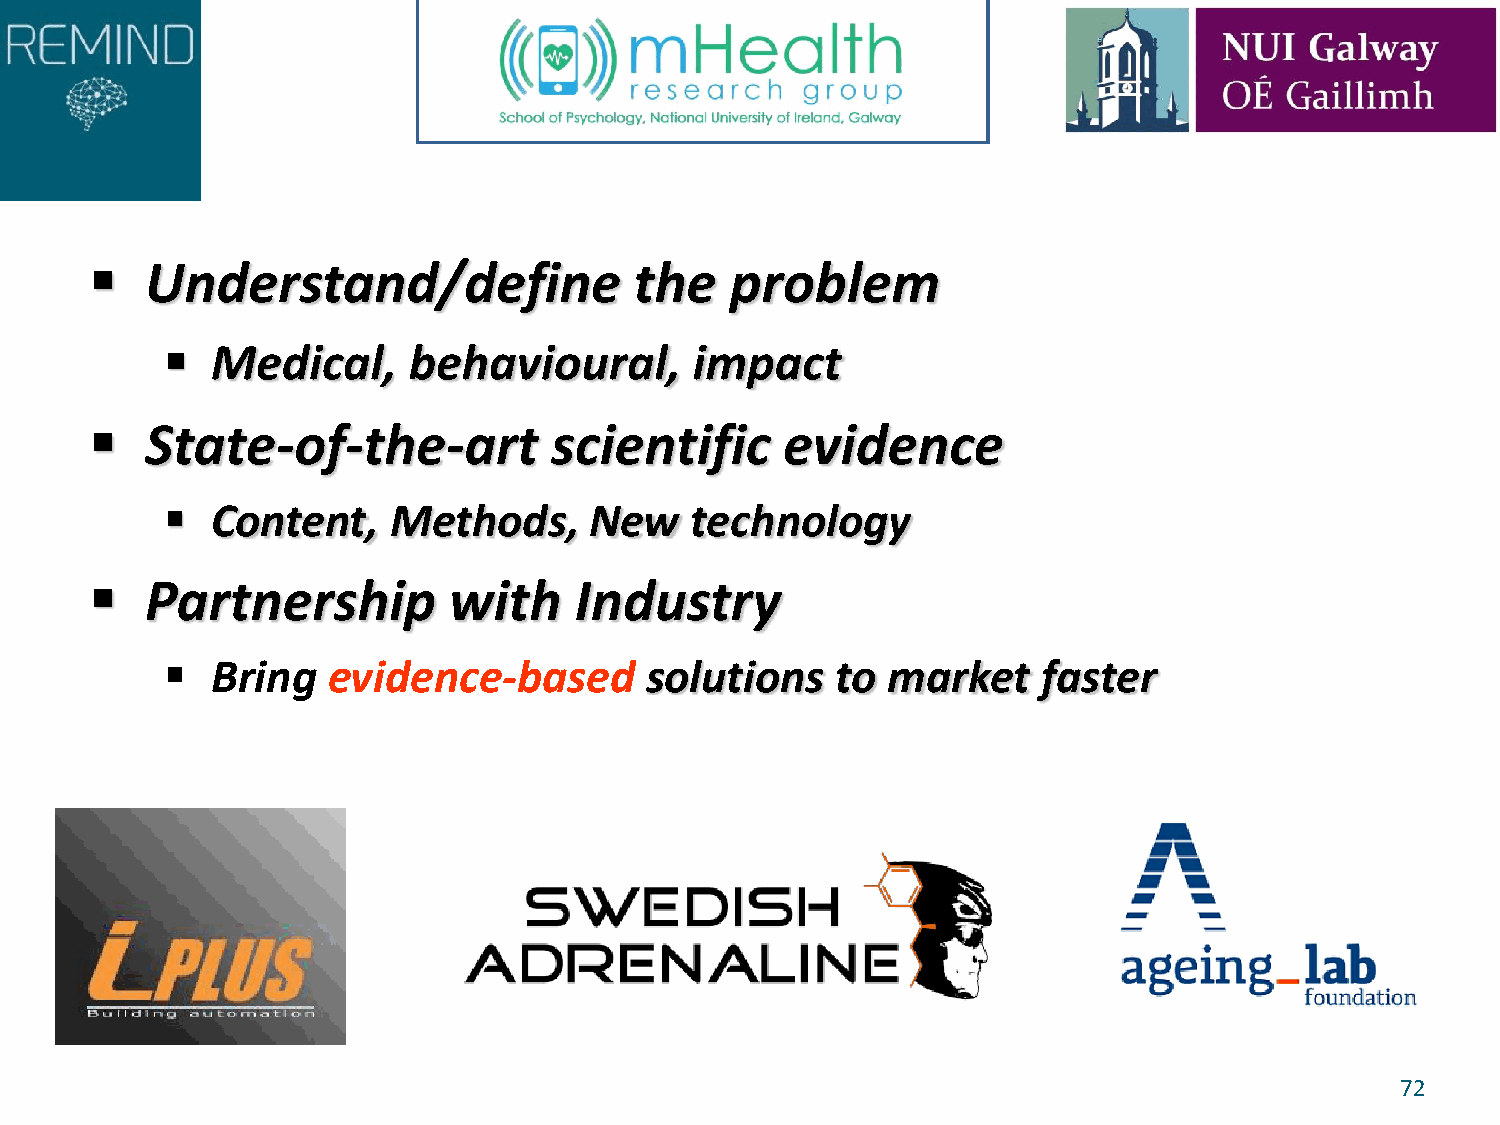
   Understand/define               the   problem
   Medical,     behavioural,       impact
    State-of-the-art          scientific      evidence
   Content,    Methods,     New    technology
    Partnership         with    Industry
   Bring   evidence-based       solutions   to  market    faster
 72